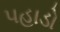
પહાડો